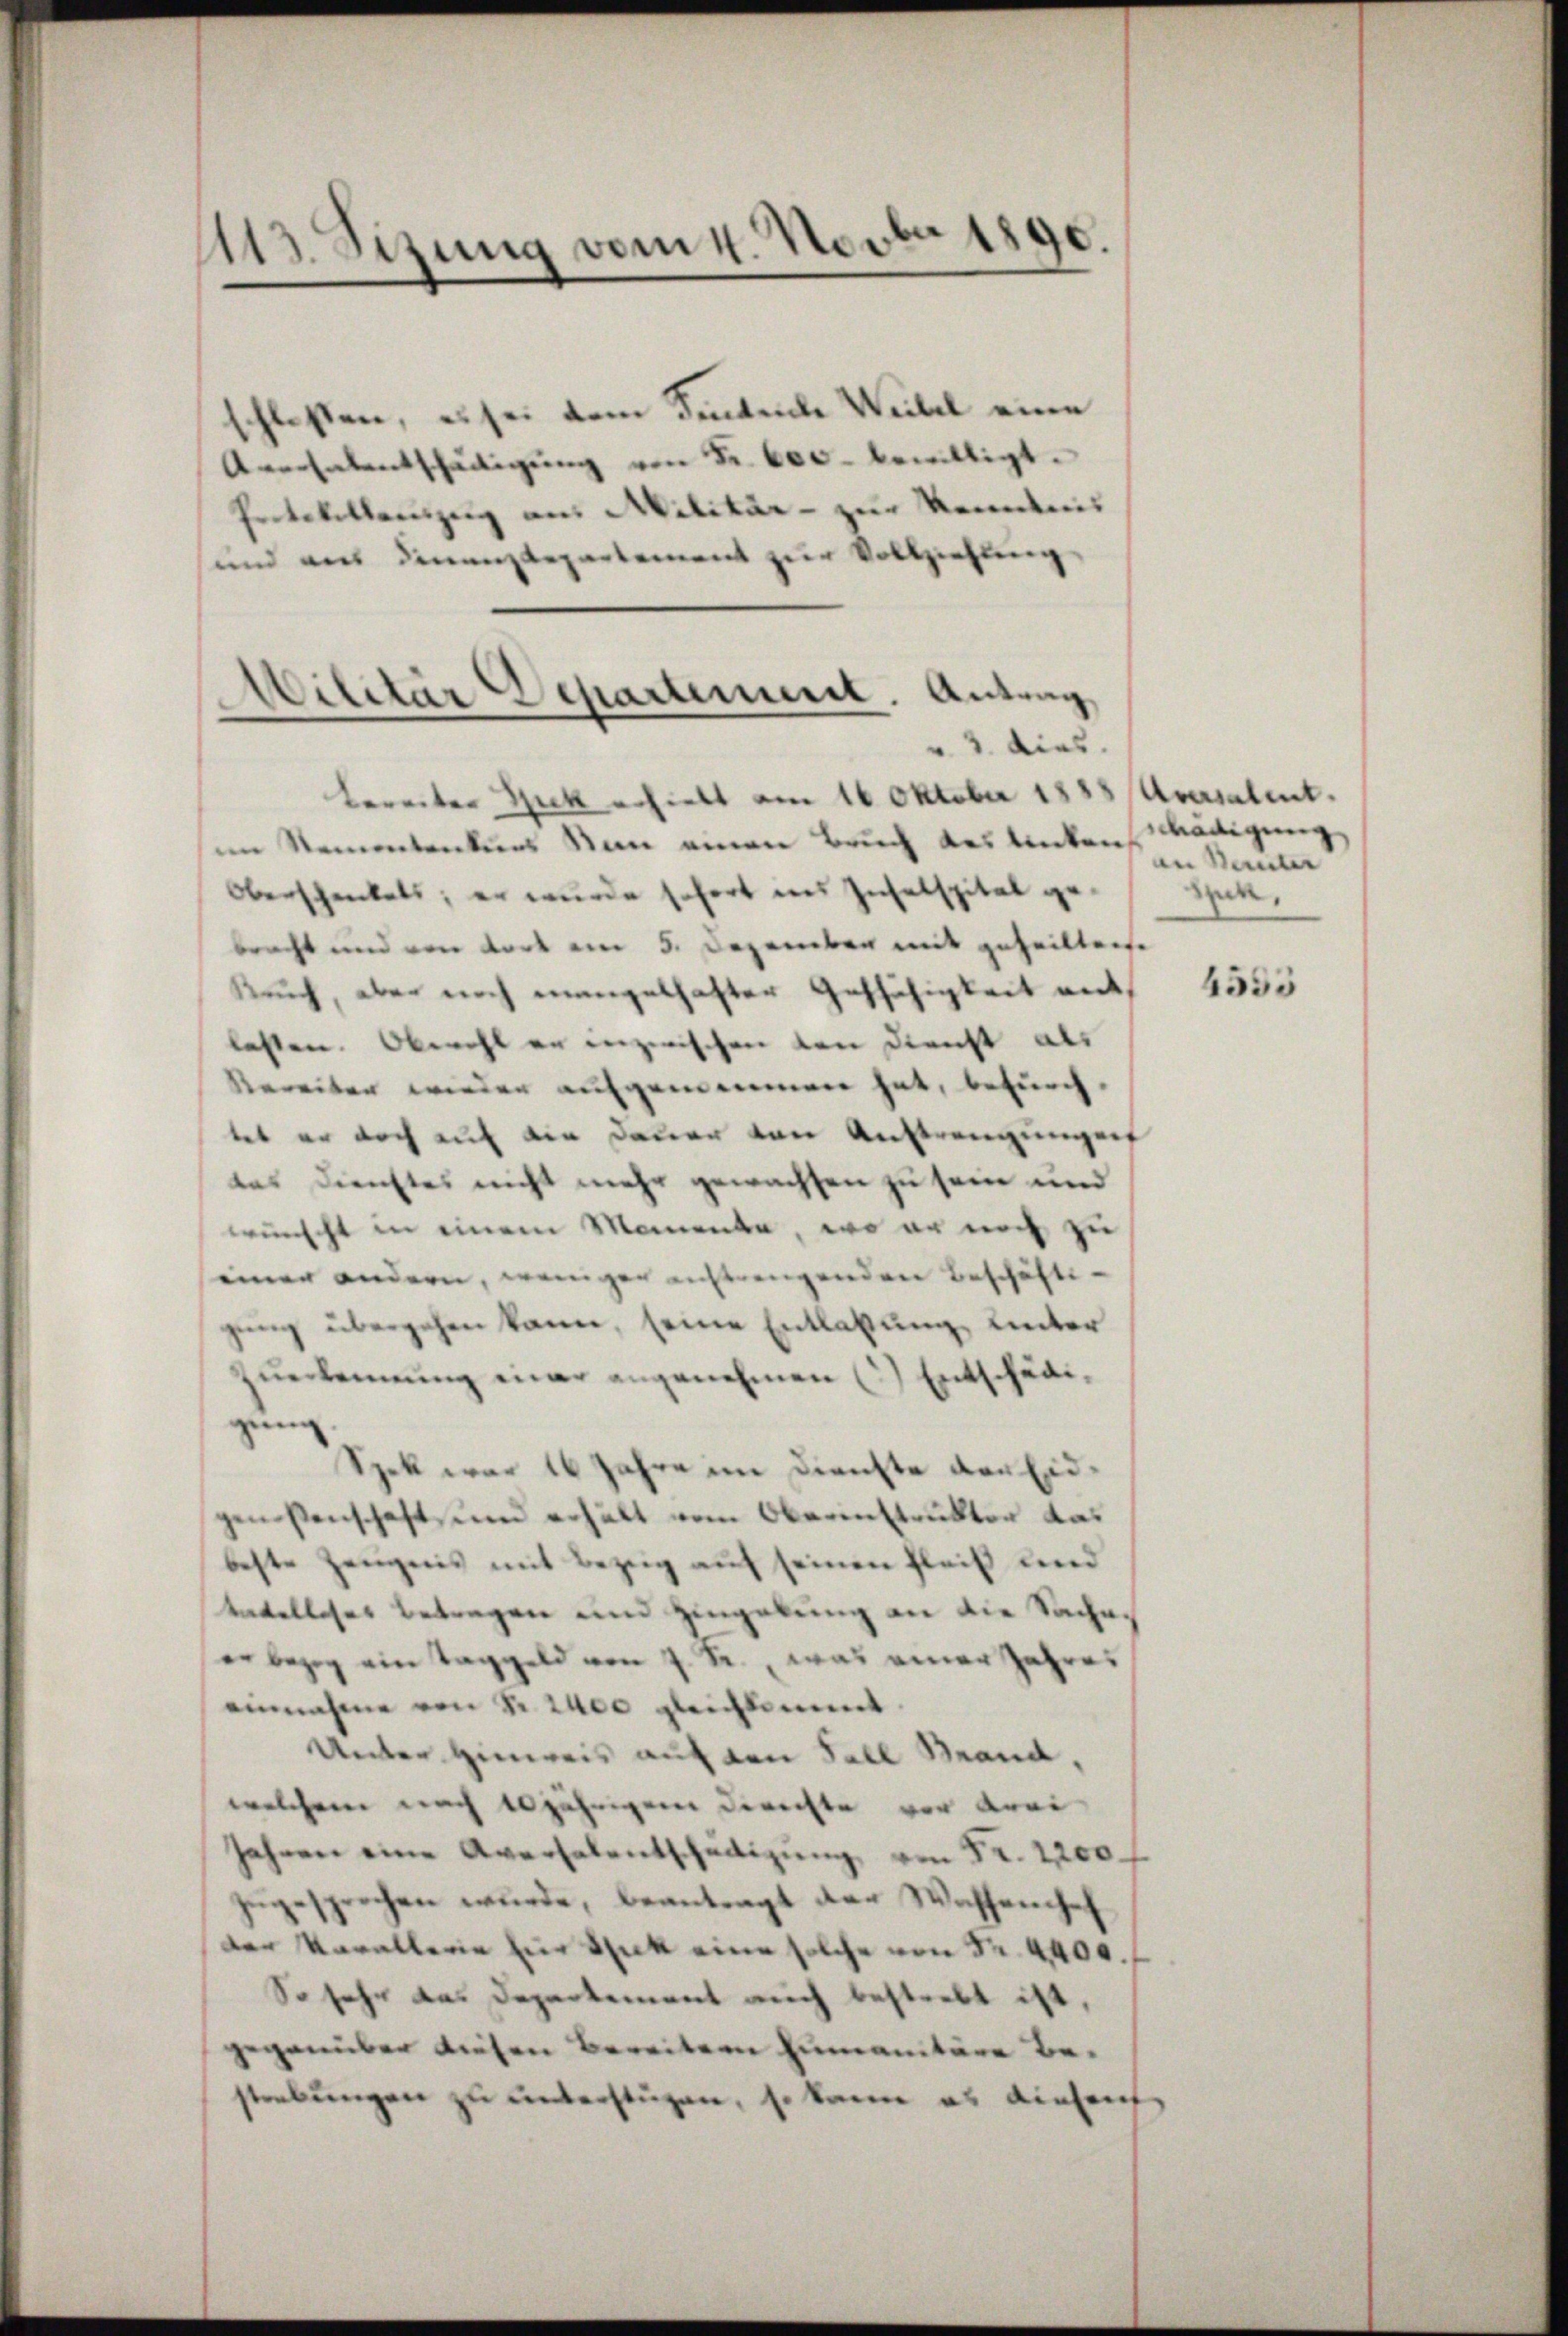
.
113. Sizung vom 4. Novbat

schlossen, es sei dem Sentente Weibel eine
Amechalentschädigŭng von Fr. 600 bewilligt.
Protokollenzug aus Militär - zur Kenntnis
und aus dinanzdepartement zur Vollziehung
bereiter Guck erhielt am 16. Oktober 1888 Aversalent.
im Namentenkurs an einen Bruch des linkenadigung
Oberschenkels, er wurde sofort ins Inselspital gebracht und von dort am 5. Dezember mit geheiltente
Kruch, aber noch mangelhafter Gefähigkeit ent
lasten. Obwohl er inzwischen von Dienst als
bereiten wieder aufgenommen hat, bedurch.
tet er doch auf die Dauer von Anstrengungen
das Dienstes nicht mehr gewachten zu sein und
wünscht in einem Momenta, wo er noch zu
einer andern, weniger anstrengenden Beschäftiübergehen kann, seine Entlaßung unter
verkennung einer angenehmen (2) Entschädizung
Spek war 16 Jahre im Dienste der Eidgenossenschaft, und erhält vom Oberinstruktor das
beste Zeugnis mit Bezug auf seinen Fleiß und
takelloses Betragen und Hingelung an die Sacheer bezog ein Taggeld von J. Kr., was einer Jahres
einnahme von Nr. 2400 gleichkommt
Unter Hinweis auf den Fall Seana,
welchem nach 10 jährigen Berechte vor Krei
Jahren eine Aversalentschädigung, von Fr. 2200.
gesprochen wurde, beantragt der Wassenhef
der Varallerie zur Speck eine solche von Nr. 4400.
So sehr das Departement auch bestrebt ist,
gegenüber diesen Bereitern zumanitäre bestrebungen zu unterstüzen, so kann es einsauf

epartement. Antrag
Nilitär a
" 3. dies.

in Vereiter
an.

4553